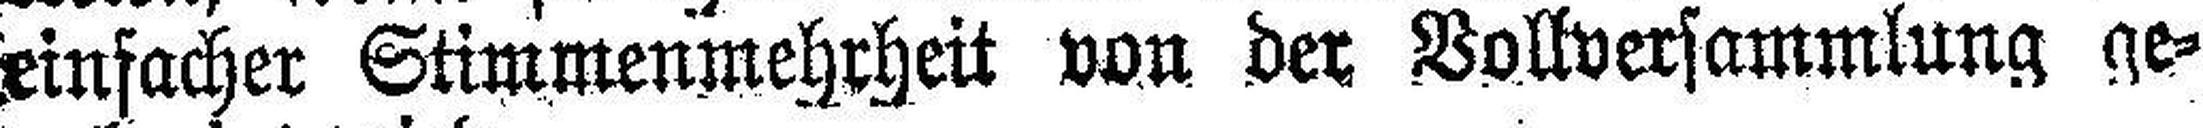
einfacher Stimmenmehrheit von der Vollversammlung ge¬